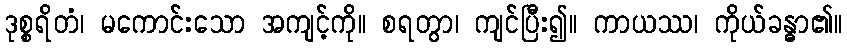
ဒုစ္စရိတံ၊ မကောင်းသော အကျင့်ကို။ စရတွာ၊ ကျင်ပြီး၍။ ကာယဿ၊ ကိုယ်ခန္ဓာ၏။